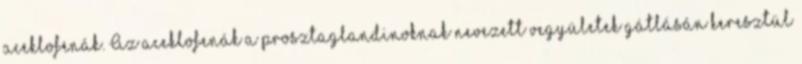
aceklofenák. Az aceklofenák a prosztaglandinoknak nevezett vegyületek gátlásán keresztül